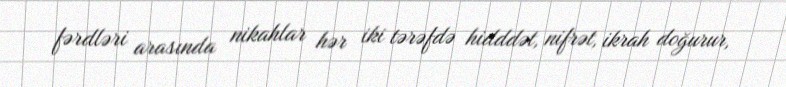
fərdləri arasında nikahlar hər iki tərəfdə hidddət, nifrət, ikrah doğurur,